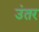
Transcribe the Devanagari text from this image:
उंतर